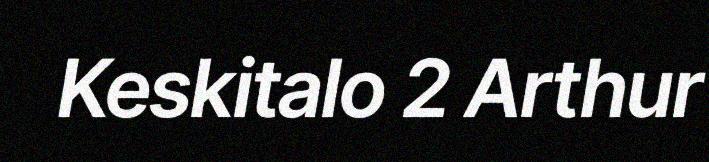
Keskitalo 2 Arthur